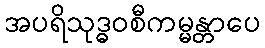
အပရိသုဒ္ဓဝစီကမ္မန္တာပေ